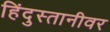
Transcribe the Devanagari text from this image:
हिंदुस्तानीवर